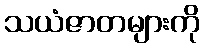
သယံဇာတများကို